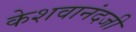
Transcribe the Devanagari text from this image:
केशवानंदजी